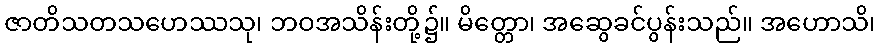
ဇာတိသတသဟေဿသု၊ ဘဝအသိန်းတို့၌။ မိတ္တော၊ အဆွေခင်ပွန်းသည်။ အဟောသိ၊